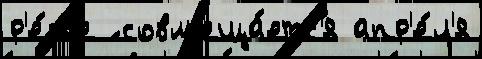
р'е́же ́ совм'еща́етс'я апр'е́л'я